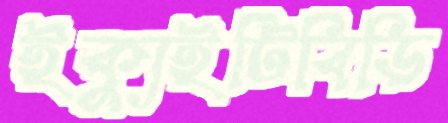
ইক্যুইটিবিডি